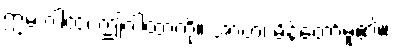
ဣမံ ဂါထံ၊ ဤဂါထာကို။ အာဟ၊ မိန့်တော်မူ၏။